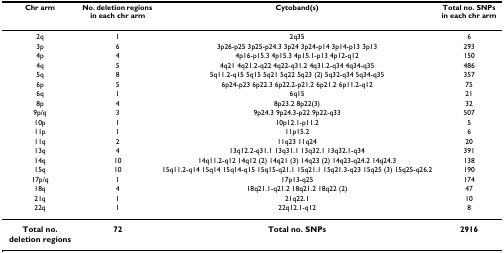
| Chr arm | No. deletion regions in each chr arm | Cytoband(s) | Total no. SNPs in each chr arm |
 | --- | --- | --- | --- |
 | 2q | 1 | 2q35 | 6 |
 | 3p | 6 | 3p26-p25 3p25-p24.3 3p24 3p24-p14 3p14-p13 3p13 | 293 |
 | 4p | 4 | 4p16-p15.3 4p15.3 4p15.1-p13 4p12-q12 | 150 |
 | 4q | 5 | 4q21 4q21.2-q22 4q22-q31.2 4q31.2-q34 4q34-q35 | 486 |
 | 5q | 8 | 5q11.2-q15 5q15 5q21 5q22 5q23 (2) 5q32-q34 5q34-q35 | 357 |
 | 6p | 5 | 6p24-p23 6p22.3 6p22.2-p21.2 6p21.2 6p11.2-q12 | 75 |
 | 6q | 1 | 6q15 | 21 |
 | 8p | 4 | 8p23.2 8p22(3) | 32 |
 | 9p/q | 3 | 9p24.3 9p24.3-p22 9p22-q33 | 507 |
 | 10p | 1 | 10p12.1-p11.2 | 5 |
 | 11p | 1 | 11p15.2 | 6 |
 | 11q | 2 | 11q23 11q24 | 20 |
 | 13q | 4 | 13q12.2-q31.1 13q31.1 13q32.1 13q32.1-q34 | 391 |
 | 14q | 10 | 14q11.2-q12 14q12 (2) 14q21 (3) 14q23 (2) 14q23-q24.2 14q24.3 | 138 |
 | 15q | 10 | 15q11.2-q14 15q14 15q14-q15 15q15-q21.1 15q21.1 15q21.3-q23 15q25 (3) 15q25-q26.2 | 190 |
 | 17p/q | 1 | 17p13-q25 | 174 |
 | 18q | 4 | 18q21.1-q21.2 18q21.2 18q22 (2) | 47 |
 | 21q | 1 | 21q22.1 | 10 |
 | 22q | 1 | 22q12.1-q12 | 8 |
 | Total no. deletion regions | 72 | Total no. SNPs | 2916 |